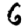
Digit: 6